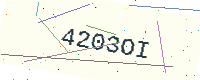
Text: 4203OI